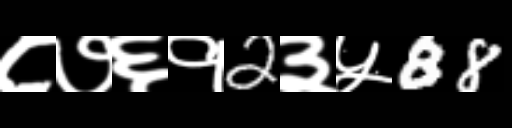
Text: ८७६१2३५88